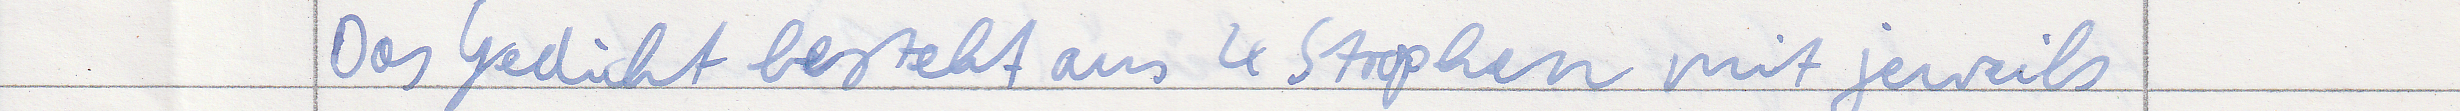
Das Gedicht besteht aus 4 Strophen mit jeweils